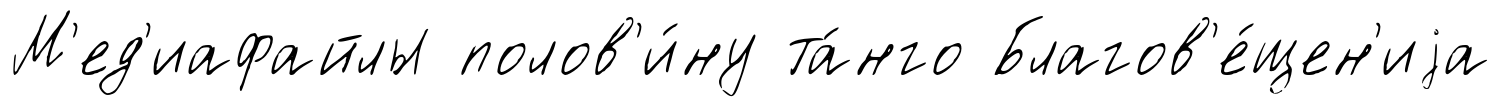
М'ед'иафайлы полов'и́ну та́нго Благов'е́щен'иjа